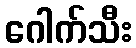
ဂေါက်သီး